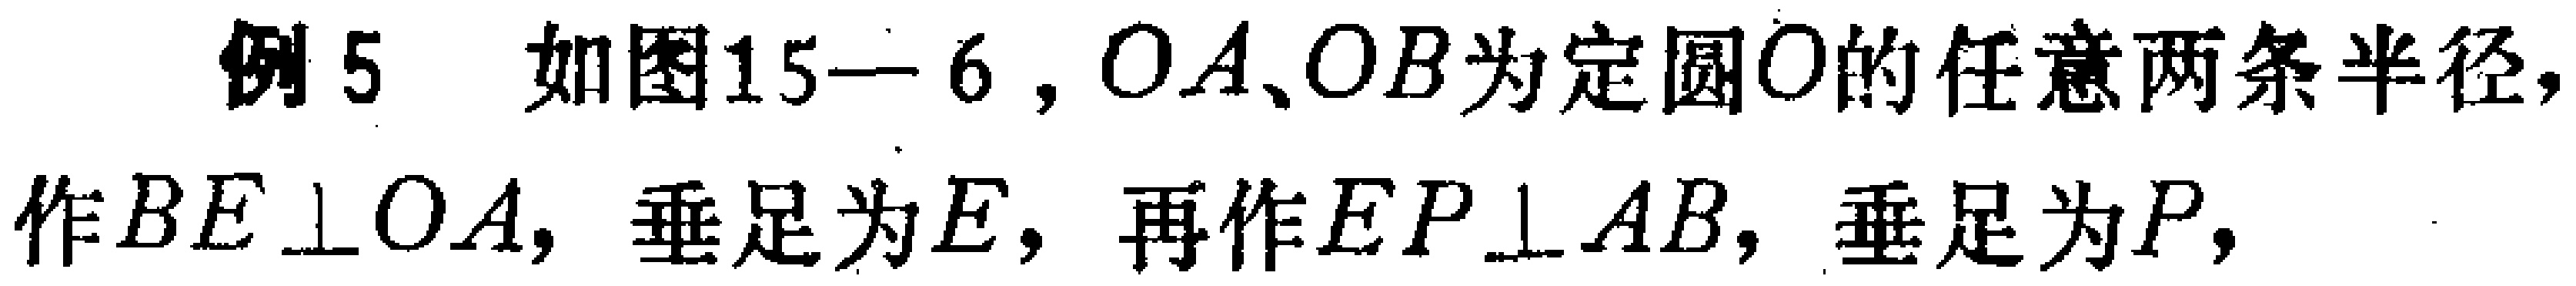
例5 如图15—6，$OA、OB$为定圆$O$的任意两条半径，作$BE\perp OA$，垂足为$E$，再作$EP\perp AB$，垂足为$P$，